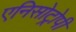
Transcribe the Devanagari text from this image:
एनिसोट्रोपी